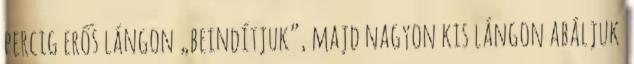
percig erős lángon „beindítjuk”, majd nagyon kis lángon abáljuk